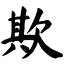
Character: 欺